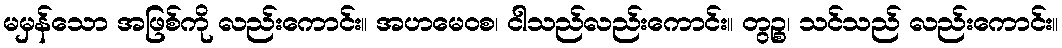
မမှန်သော အဖြစ်ကို လည်းကောင်း။ အဟမေဝစ၊ ငါသည်လည်းကောင်း။ တွဉ္စ၊ သင်သည် လည်းကောင်း။